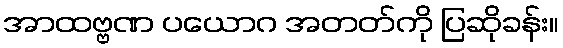
အာထဗ္ဗဏ ပယောဂ အတတ်ကို ပြဆိုခန်း။